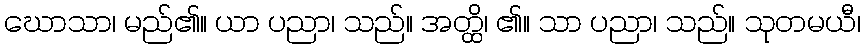
ဃောသာ၊ မည်၏။ ယာ ပညာ၊ သည်။ အတ္ထိ၊ ၏။ သာ ပညာ၊ သည်။ သုတမယီ၊